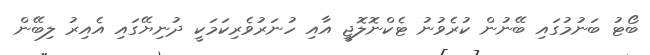
ބޯޓު ބަނުމުގައި ބޭނުން ކުރެވުނު ޓެކްނޮލޮޖީ އާއި ހުނަރުވެރިކަމަކީ ދުނިޔޭގައި އެއިރު ލިބޭން